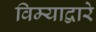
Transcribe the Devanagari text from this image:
विम्याद्वारे